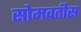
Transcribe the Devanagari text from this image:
सोमवतीस